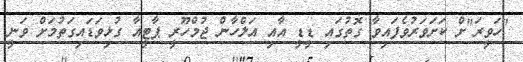
"ހަވީރަ"ށް ކަށަވަރުވެފައިވާ ގޮތުގައި ޑީޑީ އާއި އަލްހާން ޖުމްހޫރީ ޕާޓީއާ ގުޅިވަޑައިގަތުމަށް ވަނީ